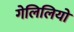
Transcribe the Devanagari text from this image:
गेलिलियो